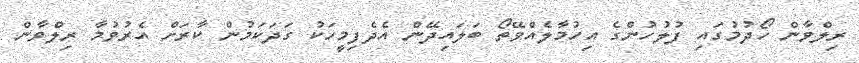
ރިލްވާން ހޯދުމުގައި ފުލުހުންގެ އިހުމާލެއްވޭތޯ ބަލައިދޭން އެދެފިމީހަކު ގަދަކަމުން ކާރަށް އެރުވުމާ ރިލްވާން